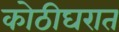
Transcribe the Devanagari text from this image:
कोठीघरात